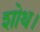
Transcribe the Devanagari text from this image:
शोथ।